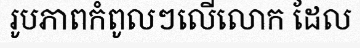
រូបភាពកំពូលៗលើលោក ដែល